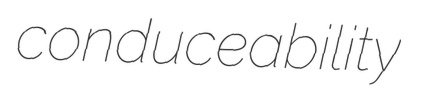
conduceability